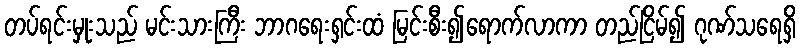
တပ်ရင်းမှုးသည် မင်းသားကြီး ဘာဂရေးရှင်းထံ မြင်းစီး၍ရောက်လာကာ တည်ငြိမ်၍ ဂုဏ်သရေရှိ